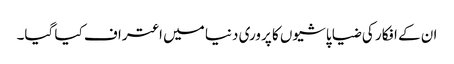
ان کے افکار کی ضیا پاشیوں کا پروری دنیا میں اعتراف کیا گیا۔